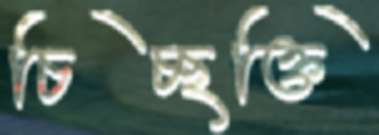
চিচ্ছক্তি